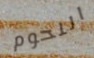
اللحوم